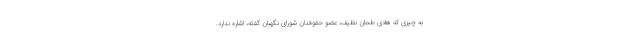
به چیزی که هادی طحان نظیف، عضو حقوقدان شورای نگهبان گفته، اشاره ندارد.